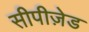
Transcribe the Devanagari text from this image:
सीपीज़ेड